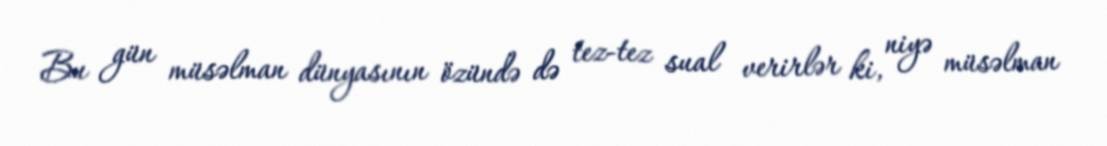
Bu gün müsəlman dünyasının özündə də tez-tez sual verirlər ki, niyə müsəlman